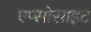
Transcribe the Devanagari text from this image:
एप्सोसाइट